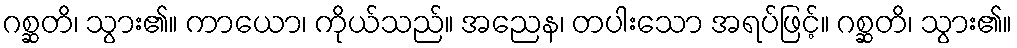
ဂစ္ဆတိ၊ သွား၏။ ကာယော၊ ကိုယ်သည်။ အညေန၊ တပါးသော အရပ်ဖြင့်။ ဂစ္ဆတိ၊ သွား၏။